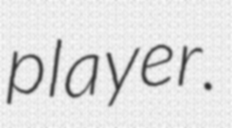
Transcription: player.